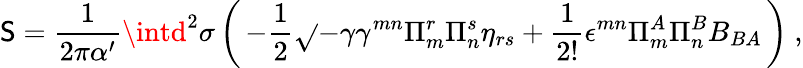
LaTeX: \mathsf{S}=\frac{{1}}{{2\pi\alpha^{\prime}}}\intd^{2}\sigma\left(\, -\frac{{1}}{{2}}\sqrt{}{{-\gamma}}\gamma^{mn}\Pi_{m}^{r}\Pi_{n}^{s}\eta_{rs}+\frac{{1}}{{2!}}\epsilon^{mn}\Pi_{m}^{A}\Pi_{n}^{B}B_{BA}\, \right)~,